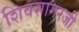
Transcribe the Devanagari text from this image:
शिवसागरजी